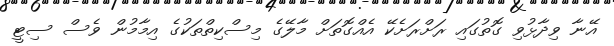
އޭނާ ވިދާޅުވި ގޮތުގައި ރަށްރަށެކޭ އެއްގޮތަށް މާލޭގެ މިސްކިތްތަކުގެ އިމާމުން ވެސް ސިޓީ